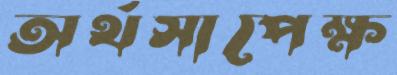
অর্থসাপেক্ষ